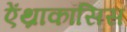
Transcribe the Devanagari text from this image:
ऐंथ्राकॉसिस